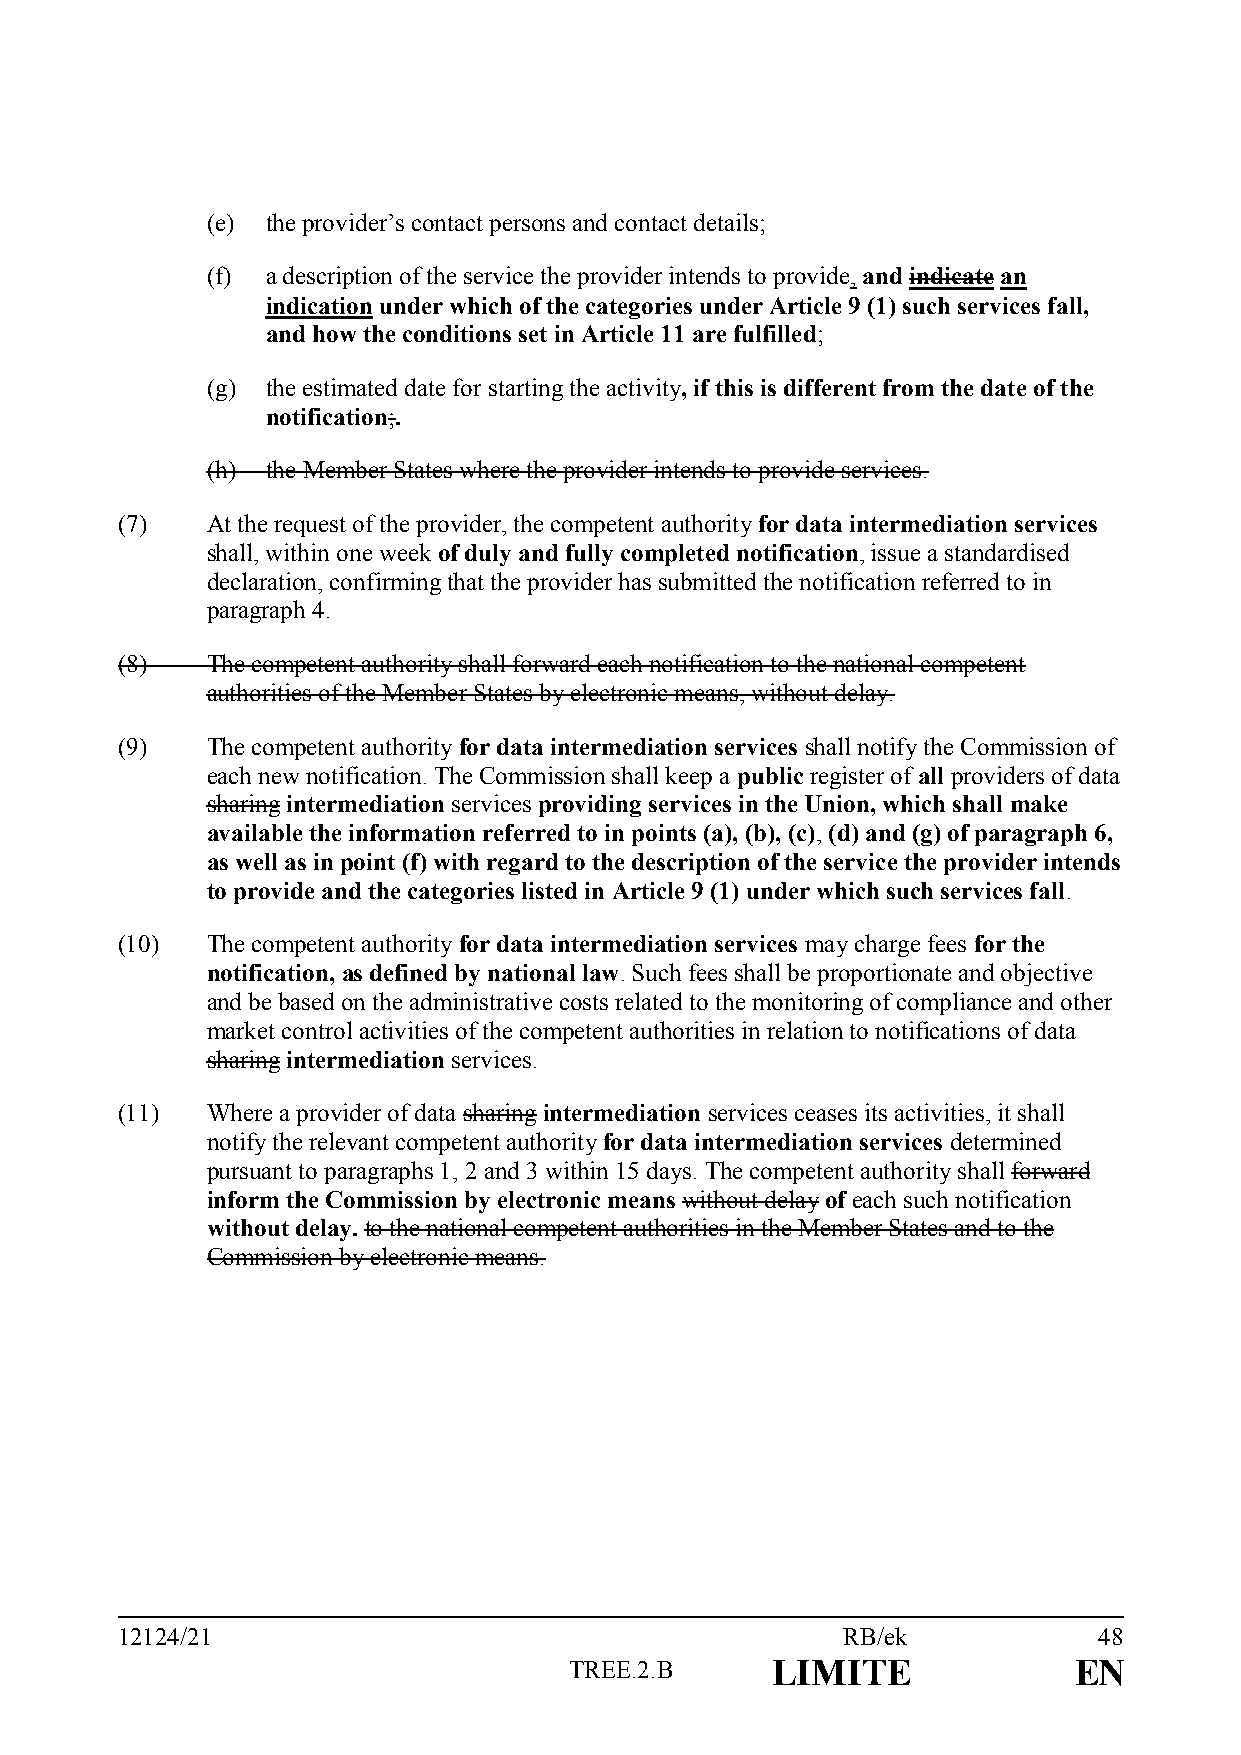
(e) the provider’s contact persons and contact details;
 (f) a description of the service the provider intends to provide, and indicate an
 indication under which of the categories under Article 9 (1) such services fall,
 and how the conditions set in Article 11 are fulfilled;
 (g) the estimated date for starting the activity, if this is different from the date of the
 notification;.
 (h) the Member States where the provider intends to provide services.
 (7)   At the request of the provider, the competent authority for data intermediation services
 shall, within one week of duly and fully completed notification, issue a standardised
 declaration, confirming that the provider has submitted the notification referred to in
 paragraph 4.
 (8)   The competent authority shall forward each notification to the national competent
 authorities of the Member States by electronic means, without delay.
 (9)   The competent authority for data intermediation services shall notify the Commission of
 each new notification. The Commission shall keep a public register of all providers of data
 sharing intermediation services providing services in the Union, which shall make
 available the information referred to in points (a), (b), (c), (d) and (g) of paragraph 6,
 as well as in point (f) with regard to the description of the service the provider intends
 to provide and the categories listed in Article 9 (1) under which such services fall.
 (10)  The competent authority for data intermediation services may charge fees for the
 notification, as defined by national law. Such fees shall be proportionate and objective
 and be based on the administrative costs related to the monitoring of compliance and other
 market control activities of the competent authorities in relation to notifications of data
 sharing intermediation services.
 (11)  Where a provider of data sharing intermediation services ceases its activities, it shall
 notify the relevant competent authority for data intermediation services determined
 pursuant to paragraphs 1, 2 and 3 within 15 days. The competent authority shall forward
 inform the Commission by electronic means without delay of each such notification
 without delay. to the national competent authorities in the Member States and to the
 Commission by electronic means.
 12124/21                                        RB/ek            48
 TREE.2.B     LIMITE              EN